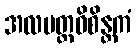
အလမတ္ထဝိစိန္တကံ